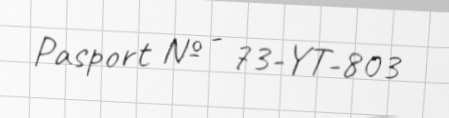
Pasport № - 73-YT-803